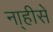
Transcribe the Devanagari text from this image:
ना्हीसे